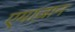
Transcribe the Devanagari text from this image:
एमाज़ान